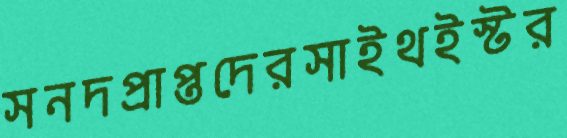
সনদপ্রাপ্তদেরসাইথইস্টর